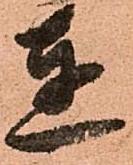
達